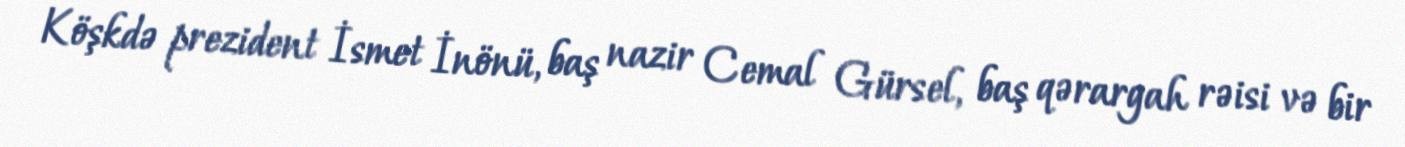
Köşkdə prezident İsmet İnönü, baş nazir Cemal Gürsel, baş qərargah rəisi və bir